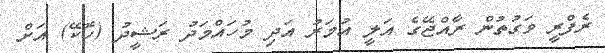
ރެފްރީ ވަގުތުން ރާއްޖޭގެ އަލީ އުމަރު އަދި މުހައްމަދު ރަޝީދު (ހޮކޭ) އަށް